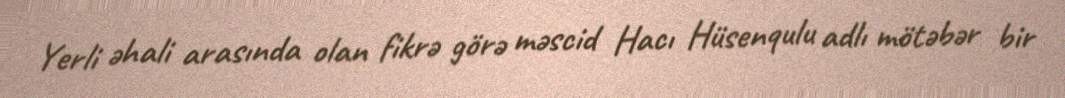
Yerli əhali arasında olan fikrə görə məscid Hacı Hüsenqulu adlı mötəbər bir